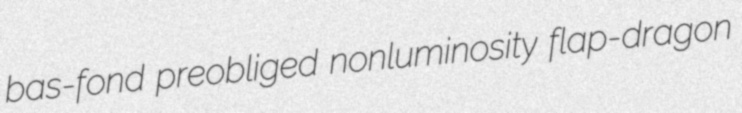
bas-fond preobliged nonluminosity flap-dragon